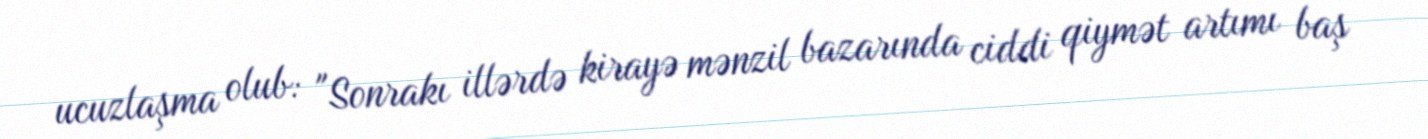
ucuzlaşma olub: "Sonrakı illərdə kirayə mənzil bazarında ciddi qiymət artımı baş